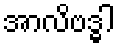
အာလိဗဒ္ဓါ